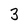
Character: 3